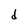
Character: d